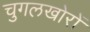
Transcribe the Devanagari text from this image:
चुगलखोरों